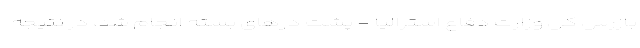
بازرس کل وزارت دفاع استرالیا - پشت درهای بسته انجام شد، در نتیجه